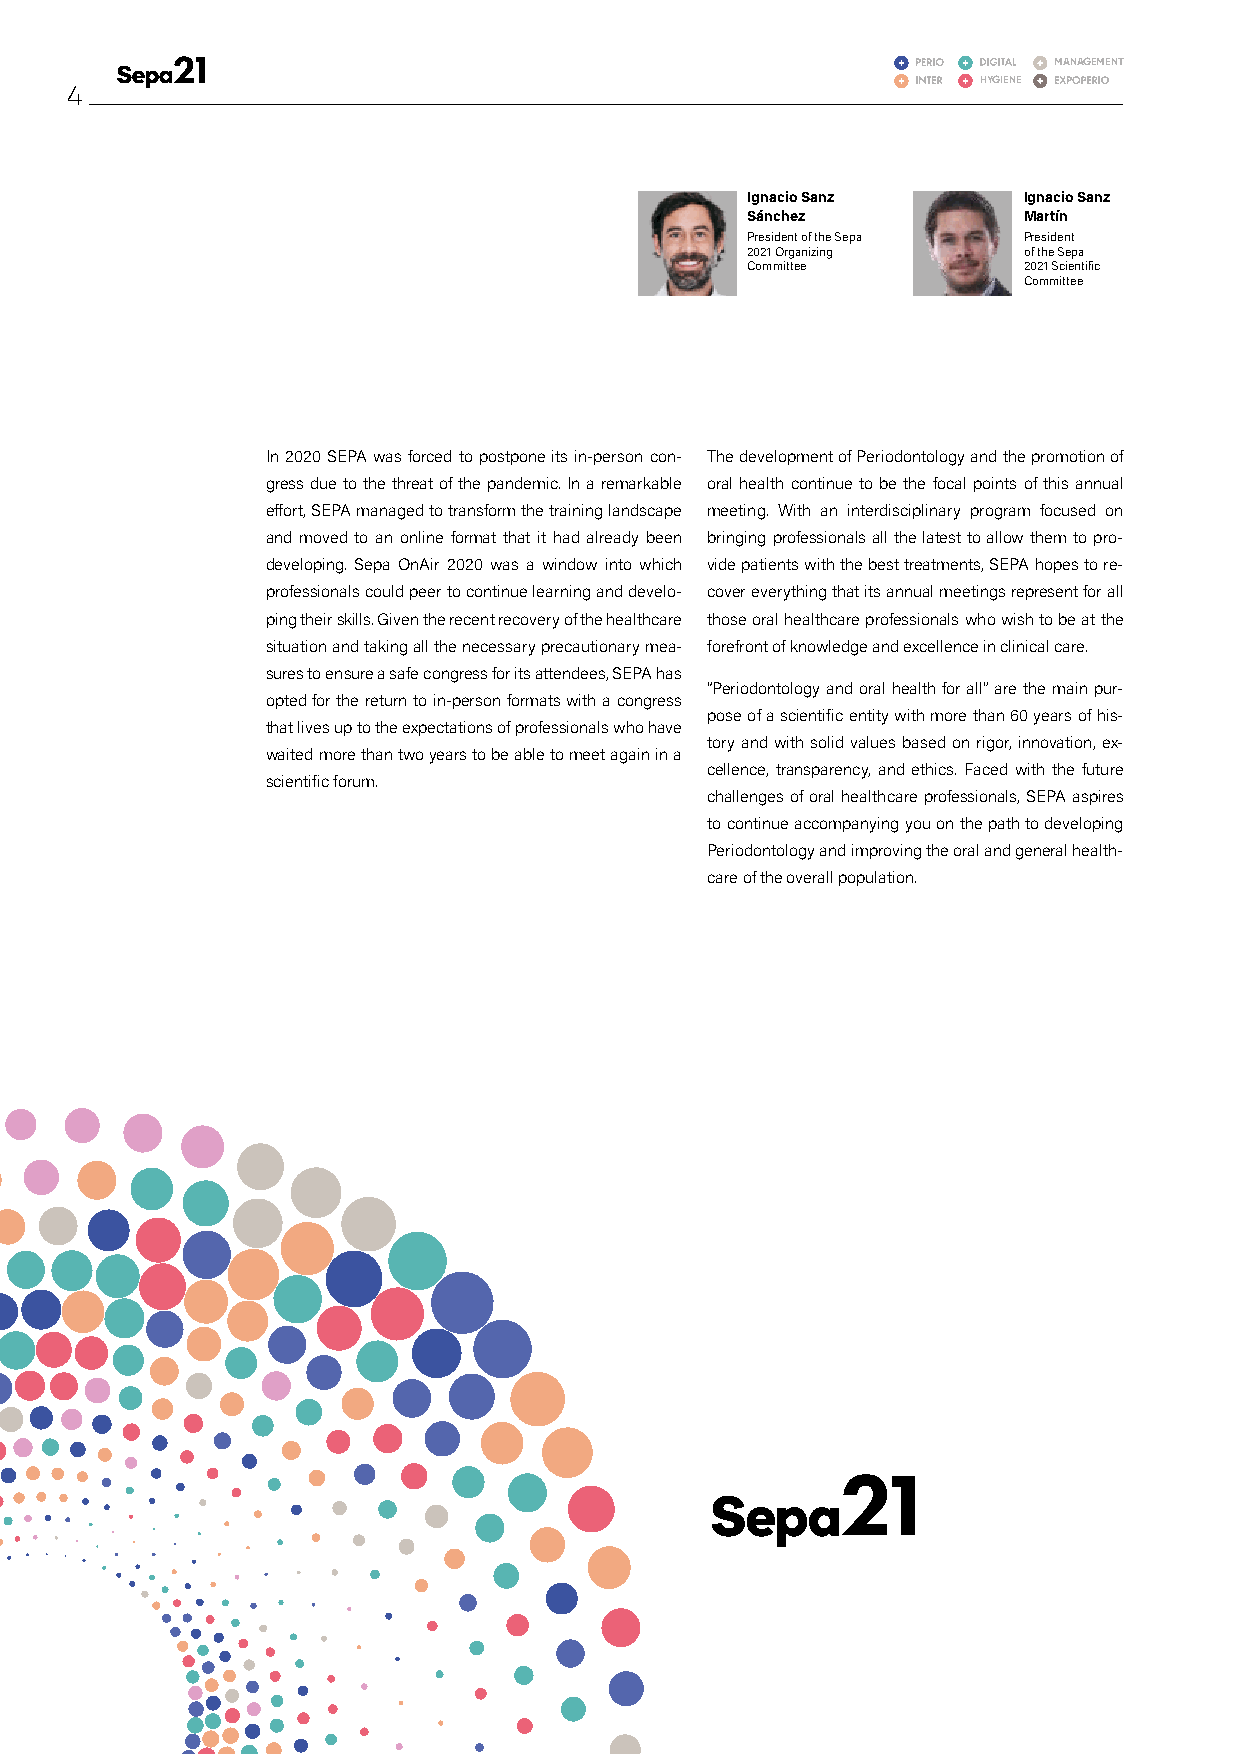
MANAGEMENT
 HYGIENE
 4
 Ignacio Sanz       Ignacio Sanz
 Sánchez            Martín
 President of the Sepa President
 2021 Organizing    of the Sepa
 Committee          2021 Scientific
 Committee
 In 2020 SEPA was forced to postpone its in-person con- The development of Periodontology and the promotion of
 gress due to the threat of the pandemic. In a remarkable oral health continue to be the focal points of this annual
 effort, SEPA managed to transform the training landscape meeting. With an interdisciplinary program focused on
 and moved to an online format that it had already been bringing professionals all the latest to allow them to pro-
 developing. Sepa OnAir 2020 was a window into which vide patients with the best treatments, SEPA hopes to re-
 professionals could peer to continue learning and develo- cover everything that its annual meetings represent for all
 ping their skills. Given the recent recovery of the healthcare those oral healthcare professionals who wish to be at the
 situation and taking all the necessary precautionary mea- forefront of knowledge and excellence in clinical care.
 sures to ensure a safe congress for its attendees, SEPA has
 “Periodontology and oral health for all” are the main pur-
 opted for the return to in-person formats with a congress
 pose of a scientific entity with more than 60 years of his-
 that lives up to the expectations of professionals who have
 tory and with solid values based on rigor, innovation, ex-
 waited more than two years to be able to meet again in a
 cellence, transparency, and ethics. Faced with the future
 scientific forum.
 challenges of oral healthcare professionals, SEPA aspires
 to continue accompanying you on the path to developing
 Periodontology and improving the oral and general health-
 care of the overall population.